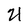
Character: 2